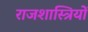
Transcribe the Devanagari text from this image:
राजशास्त्रियों